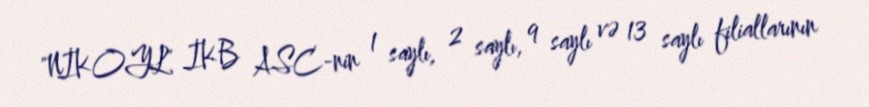
"NİKOYL" İKB ASC-nin 1 saylı, 2 saylı, 9 saylı və 13 saylı filiallarının